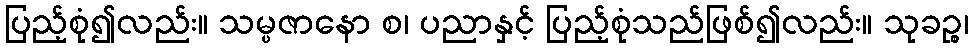
ပြည့်စုံ၍လည်း။ သမ္ပဇာနော စ၊ ပညာနှင့် ပြည့်စုံသည်ဖြစ်၍လည်း။ သုခဉ္စ၊